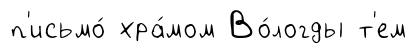
п'исьмо́ хра́мом Во́логды т'ем